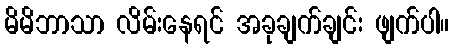
မိမိဘာသာ လိမ်းနေရင် အခုချက်ချင်း ဖျက်ပါ။